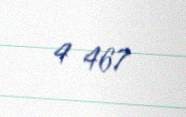
4 467